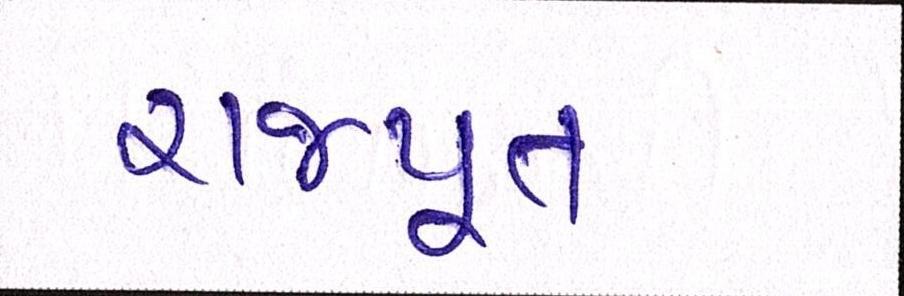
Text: રાજપૂત